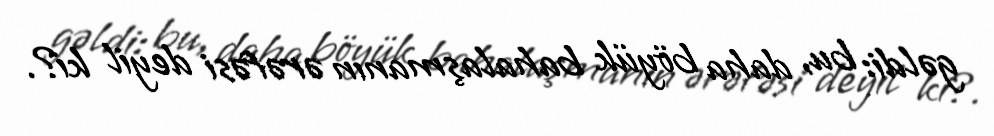
gəldi: bu, daha böyük bahalaşmanın ərəfəsi deyil ki?.